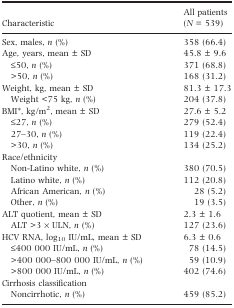
<table><thead><tr><td><b>Characteristic</b></td><td><b>All patients (<i>N </i>=<i> </i>539)</b></td></tr></thead><tbody><tr><td>Sex, males, <i>n</i> (%)</td><td>358 (66.4)</td></tr><tr><td>Age, years, mean ± SD</td><td>45.8 ± 9.6</td></tr><tr><td> ≤50, <i>n</i> (%)</td><td>371 (68.8)</td></tr><tr><td> &gt;50, <i>n</i> (%)</td><td>168 (31.2)</td></tr><tr><td>Weight, kg, mean ± SD</td><td>81.3 ± 17.3</td></tr><tr><td> Weight &lt;75 kg, <i>n</i> (%)</td><td>204 (37.8)</td></tr><tr><td>BMI*, kg/m<sup>2</sup>, mean ± SD</td><td>27.6 ± 5.2</td></tr><tr><td> ≤27, <i>n</i> (%)</td><td>279 (52.4)</td></tr><tr><td> 27–30, <i>n</i> (%)</td><td>119 (22.4)</td></tr><tr><td> &gt;30, <i>n</i> (%)</td><td>134 (25.2)</td></tr><tr><td colspan="2">Race/ethnicity</td></tr><tr><td> Non-Latino white, <i>n</i> (%)</td><td>380 (70.5)</td></tr><tr><td> Latino white, <i>n</i> (%)</td><td>112 (20.8)</td></tr><tr><td> African American, <i>n</i> (%)</td><td>28 (5.2)</td></tr><tr><td> Other, <i>n</i> (%)</td><td>19 (3.5)</td></tr><tr><td>ALT quotient, mean ± SD</td><td>2.3 ± 1.6</td></tr><tr><td> ALT &gt;3 × ULN, <i>n</i> (%)</td><td>127 (23.6)</td></tr><tr><td>HCV RNA, log<sub>10</sub> IU/mL, mean ± SD</td><td>6.3 ± 0.6</td></tr><tr><td> ≤400 000 IU/mL, <i>n</i> (%)</td><td>78 (14.5)</td></tr><tr><td> &gt;400 000–800 000 IU/mL, <i>n</i> (%)</td><td>59 (10.9)</td></tr><tr><td> &gt;800 000 IU/mL, <i>n</i> (%)</td><td>402 (74.6)</td></tr><tr><td colspan="2">Cirrhosis classification</td></tr><tr><td> Noncirrhotic, <i>n</i> (%)</td><td>459 (85.2)</td></tr></tbody></table>